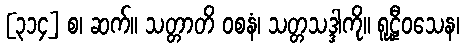
[၃၁၄] စ၊ ဆက်။ သတ္တာတိ ဝစနံ၊ သတ္တသဒ္ဒါကို။ ရူဠှီဝသေန၊